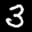
Label: 3